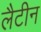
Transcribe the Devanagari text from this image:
लैटीन